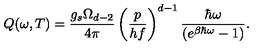
Q ( \omega , T ) = \frac { g _ { s } \Omega _ { d - 2 } } { 4 \pi } \left( \frac { p } { h f } \right) ^ { d - 1 } \frac { \hbar \omega } { ( e ^ { \beta \hbar \omega } - 1 ) } .